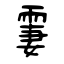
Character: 霋